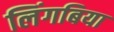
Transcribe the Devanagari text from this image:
लिंगबिया